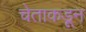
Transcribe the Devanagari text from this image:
चेताकडून